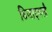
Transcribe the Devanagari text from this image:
डिजाइनरहै